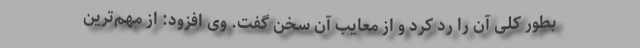
بطور کلی آن را رد کرد و از معایب آن سخن گفت. وی افزود: از مهم‌ترین